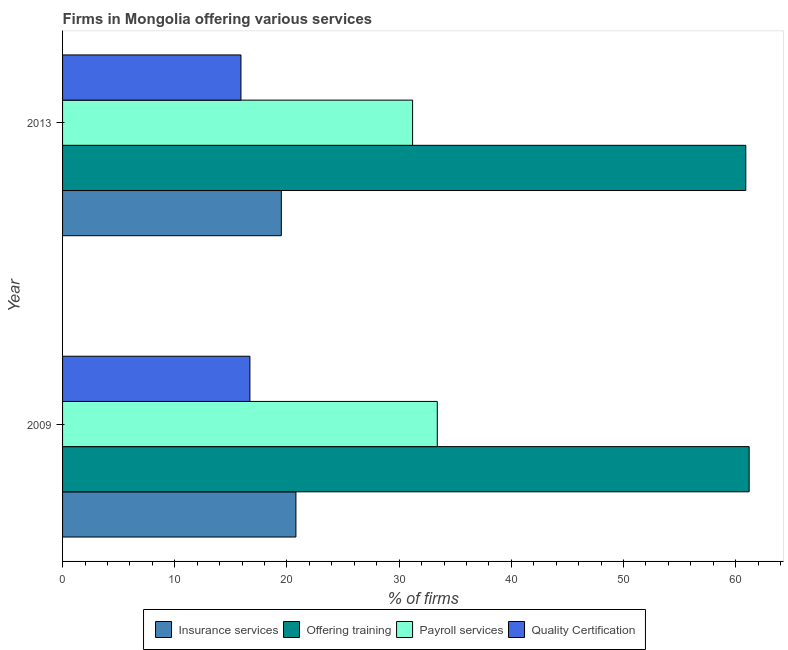
| Year | Insurance services | Offering training | Payroll services | Quality Certification |
 | --- | --- | --- | --- | --- |
 | 2009 | 20.8 | 61.2 | 33.4 | 16.7 |
 | 2013 | 19.5 | 60.9 | 31.2 | 15.9 |